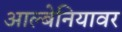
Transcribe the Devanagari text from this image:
आल्बेनियावर